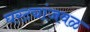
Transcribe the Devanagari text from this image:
घरट्यांजवळ